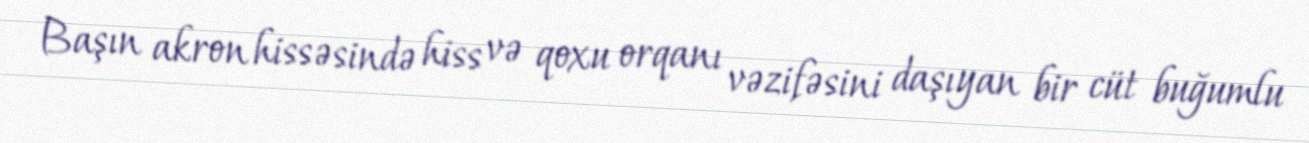
Başın akron hissəsində hiss və qoxu orqanı vəzifəsini daşıyan bir cüt buğumlu